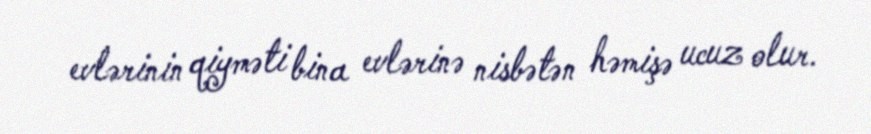
evlərinin qiyməti bina evlərinə nisbətən həmişə ucuz olur.